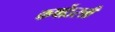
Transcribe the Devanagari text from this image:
कर्षोऽस्त्री